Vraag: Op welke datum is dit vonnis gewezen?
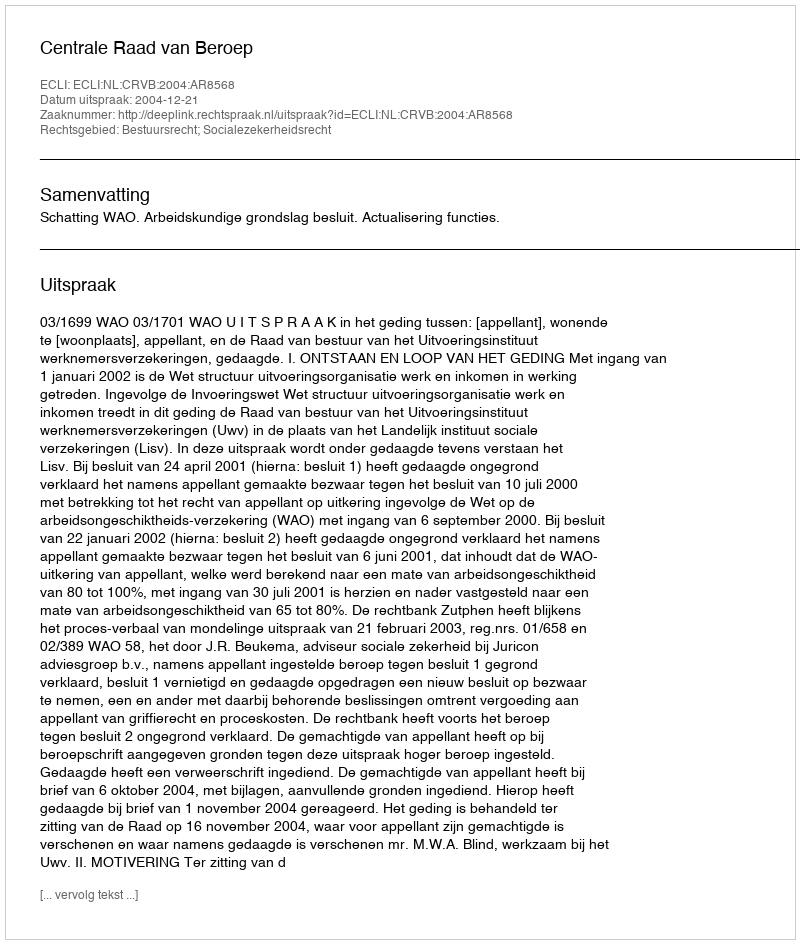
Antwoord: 2004-12-21